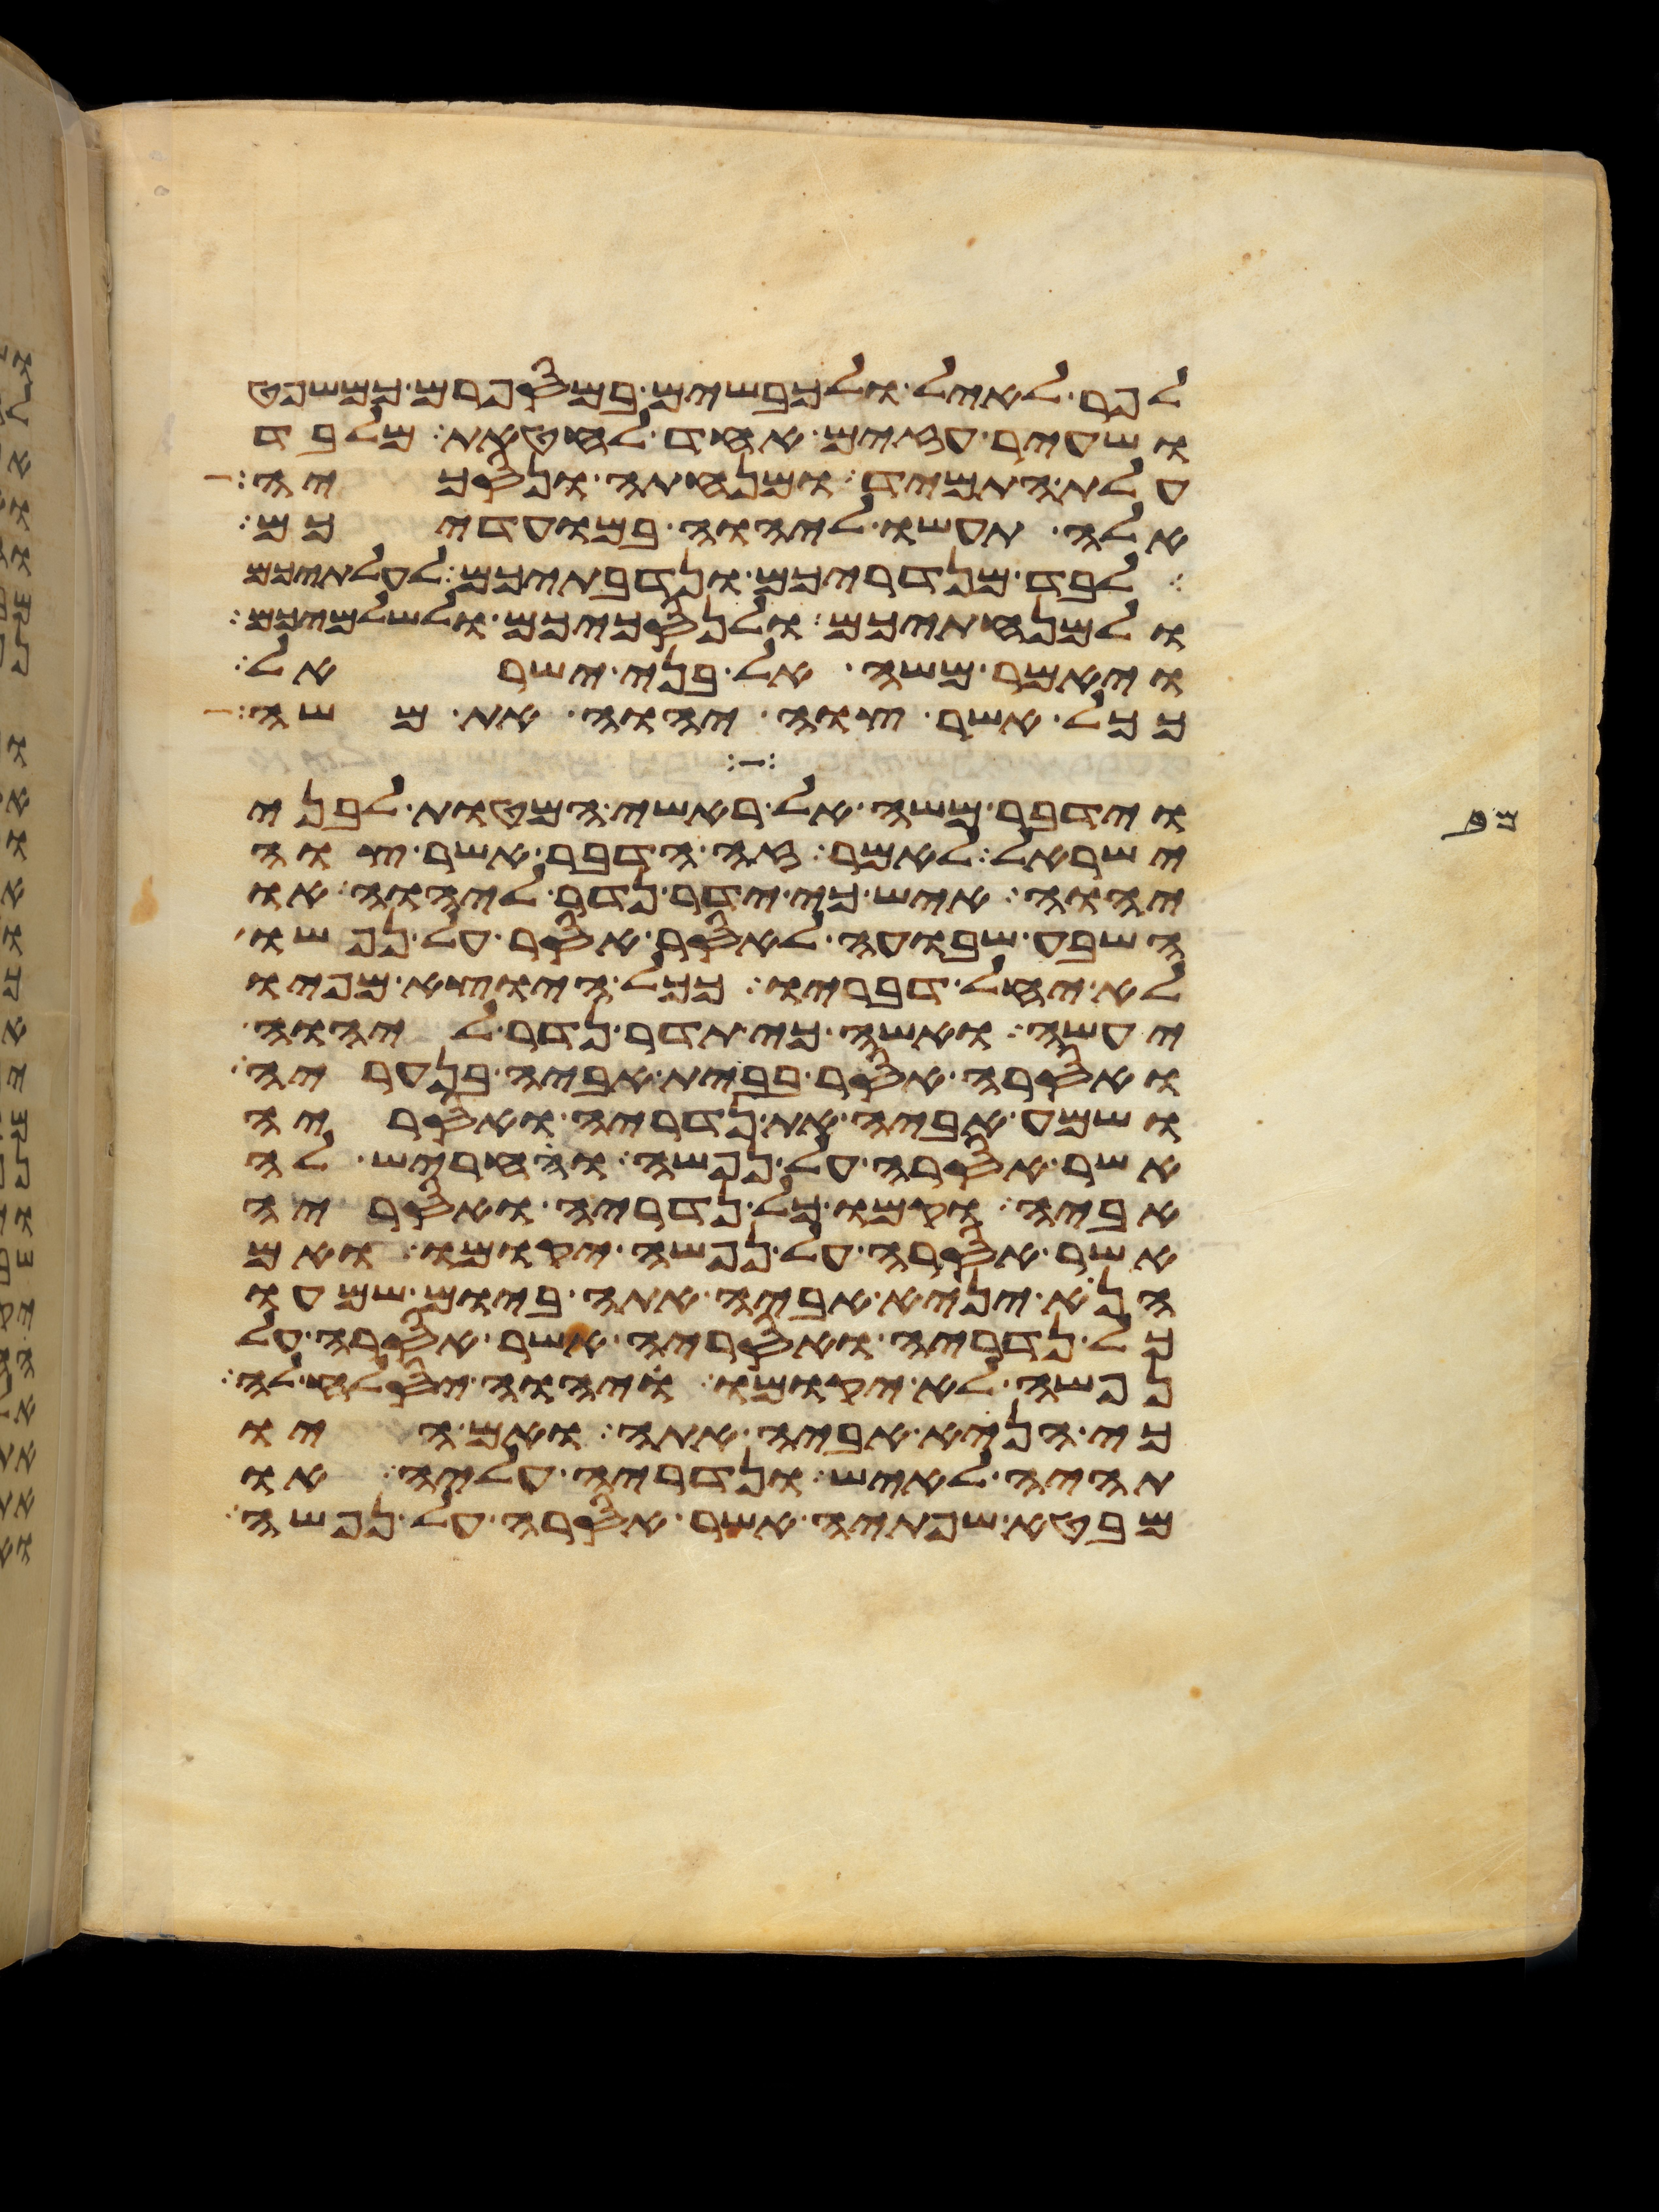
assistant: לפר לאיל ולכבשים במספרם כמשפט
ושעיר עזים אחד לחטאת מלבד
עלת התמיד ומנחתה ונסכיה
אלה תעשו ליהוה במועדיכם
לבד מנדריכם ונדבתיכם לעלתיכם
ולמנחתיכם ולנסכיכם ולשלמיכם
ויאמר משה אל בני ישראל
ככל אשר צוה יהוה את משה
וידבר משה אל ראשי המטות לבני
ישראל לאמר זה הדבר אשר צוה
יהוה איש כי ידר נדר ליהוה או
השבע שבועה לאסר אסר על נפשו
לא יחל דבריו ככל היוצא מפיו
יעשה ואשה כי תדר נדר ליהוה
ואסרה אסר בבית אביה בנעריה
ושמע אביה את נדריה ואסריה
אשר אסרה על נפשה והחריש לה
אביה וקמו כל נדריה ואסריה
אשר אסרה על נפשה יקומו ואם
הנא יניא אביה אתה ביום שמעו
כל נדריה ואסריה אשר אסרה על
נפשה לא יקומו ויהוה יסלח לה
כי הניא אביה אתה ואם היו
תהיה לאיש ונדריה עליה או
מבטא שפתיה אשר אסרה על נפשה